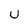
Character: U